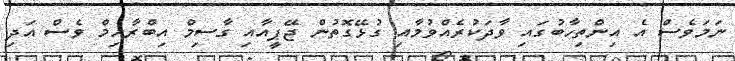
ނަމަވެސް އެ އިންތިހާބުގައި ވާދަކުރެއްވުމާއި ގުޅޭގޮތުން ޖޭޕީއާއި ގާސިމް އިބްރާހިމް ވެސް އަދި